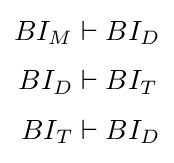
{\begin{aligned}BI_{M}&\vdash BI_{D}\\[3pt]BI_{D}&\vdash BI_{T}\\[3pt]BI_{T}&\vdash BI_{D}\end{aligned}}